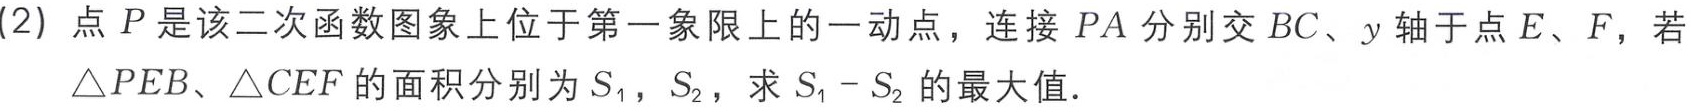
(2) 点 \(P\) 是该二次函数图象上位于第一象限上的一动点，连接 \(PA\) 分别交 \(BC\)、\(y\) 轴于点 \(E\)、\(F\)，若\(\triangle PEB\)、\(\triangle CEF\) 的面积分别为 \(S_{1}\)，\(S_{2}\)，求 \(S_{1}-S_{2}\) 的最大值．